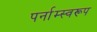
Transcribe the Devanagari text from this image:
पर्नाम्स्वरूप